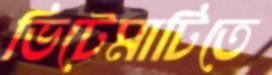
ভিটেমাটিতে